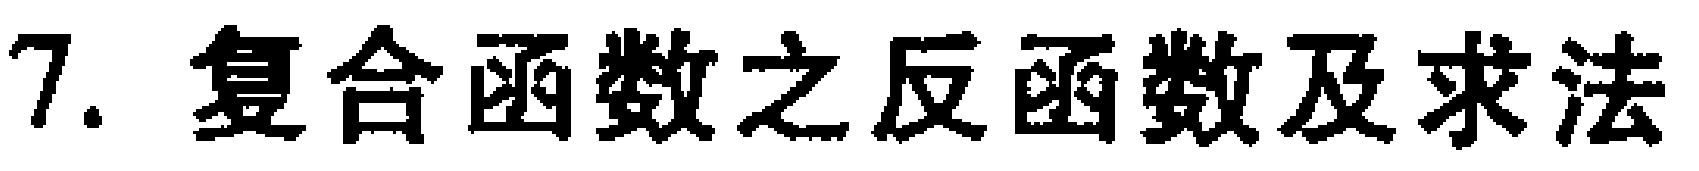
7. 复合函数之反函数及求法